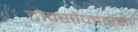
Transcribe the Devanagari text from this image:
टोक्सोप्लाज़्मा